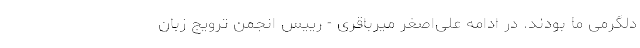
دلگرمی ما بودند. در ادامه علی‌اصغر میرباقری - رییس انجمن ترویج زبان